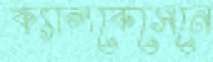
ক্যালকেসেনে